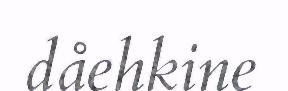
dåehkine